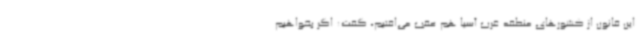
این قانون از کشورهای منطقه غرب آسیا هم عقب می‌افتیم، گفت: اگر بخواهیم